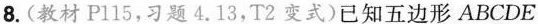
8.(教材Pl15，习题4.13，T2变式)已知五边形ABCDE